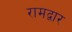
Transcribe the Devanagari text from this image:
रामद्वार